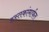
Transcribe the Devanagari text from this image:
हस्तकांमार्फत